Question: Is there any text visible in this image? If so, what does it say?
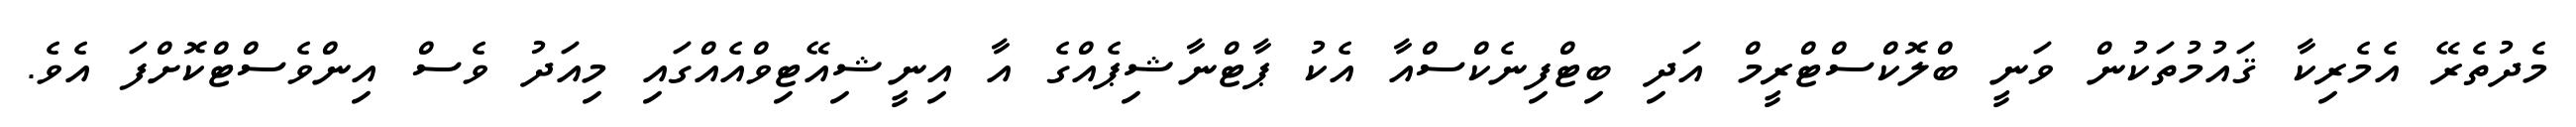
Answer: މެދުތެރޭ އެމެރިކާ ޤައުމުތަކުން ވަނީ ބްލޮކްސްޓްރީމް އަދި ބިޓްފިނެކްސްއާ އެކު ޕާޓްނާޝިޕެއްގެ އާ އިނީޝިއޭޓިވްއެއްގައި މިއަދު ވެސް އިންވެސްޓްކޮށްފަ އެވެ.